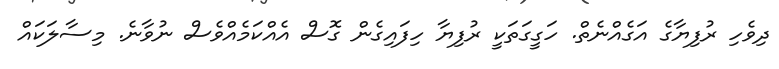
ދިވެހި ރުފިޔާގެ އަގެއްނެތް. ހަގީގަތަކީ ރުފިޔާ ހިފައިގެން ގޮސް އެއްކަމެއްވެސް ނުވާނެ. މިސާލަކައް